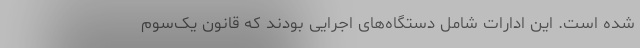
شده است. این ادارات شامل دستگاه‌های اجرایی بودند که قانون یک‌سوم